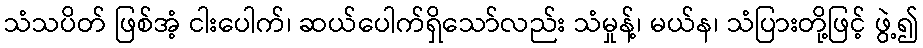
သံသပိတ် ဖြစ်အံ့ ငါးပေါက်၊ ဆယ်ပေါက်ရှိသော်လည်း သံမှုန့်၊ မယ်န၊ သံပြားတို့ဖြင့် ဖွဲ့၍